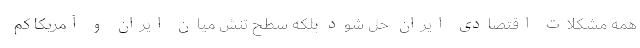
همه مشکلات اقتصادی ایران حل شود بلکه سطح تنش میان ایران و آمریکا کم